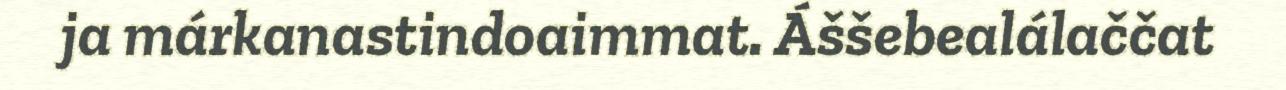
ja márkanastindoaimmat. Áššebealálaččat